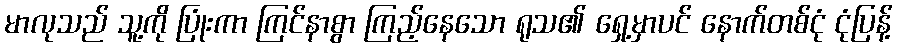
မာလုသည် သူ့ကို ပြုံးကာ ကြင်နာစွာ ကြည့်နေသော ရုသ၏ ရှေ့မှာပင် နောက်တစ်ငုံ ငုံပြန့်